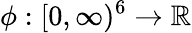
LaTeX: \phi:[0,\infty)^{6}\to{\mathbb R}